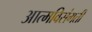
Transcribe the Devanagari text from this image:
आत्मविसंगती